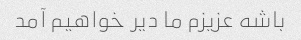
باشه عزیزم ما دیر خواهیم آمد